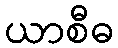
ယာစီဓ